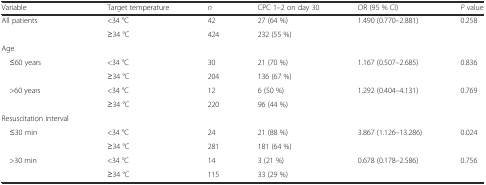
| Variable | Target temperature | n | CPC 1–2 on day 30 | OR (95 % CI) | P value |
 | --- | --- | --- | --- | --- | --- |
 | <ROWSPAN=2> All patients | <34 °C | 42 | 27 (64 %) | 1.490 (0.770–2.881) | 0.258 |
 | ≥34 °C | 424 | 232 (55 %) |  |  |
 | Age |  |  |  |  |  |
 | <ROWSPAN=2> ≤60 years | <34 °C | 30 | 21 (70 %) | 1.167 (0.507–2.685) | 0.836 |
 | ≥34 °C | 204 | 136 (67 %) |  |  |
 | <ROWSPAN=2> >60 years | <34 °C | 12 | 6 (50 %) | 1.292 (0.404–4.131) | 0.769 |
 | ≥34 °C | 220 | 96 (44 %) |  |  |
 | Resuscitation interval |  |  |  |  |  |
 | <ROWSPAN=2> ≤30 min | <34 °C | 24 | 21 (88 %) | 3.867 (1.126–13.286) | 0.024 |
 | ≥34 °C | 281 | 181 (64 %) |  |  |
 | <ROWSPAN=2> >30 min | <34 °C | 14 | 3 (21 %) | 0.678 (0.178–2.586) | 0.756 |
 | ≥34 °C | 115 | 33 (29 %) |  |  |